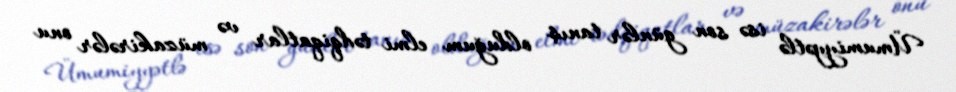
Ümumiyyətlə isə son günlər tanış olduğum elmi tədqiqatlar və müzakirələr onu